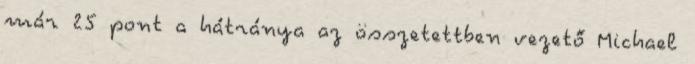
már 25 pont a hátránya az összetettben vezető Michael